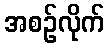
အစဉ်လိုက်